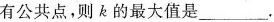
有公共点，则k的最大值是___.